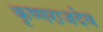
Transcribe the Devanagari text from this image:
कृष्णराजदेव